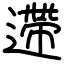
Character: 遰